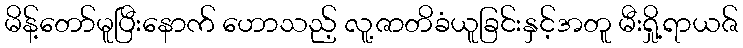
မိန့်တော်မူပြီးနောက် ဟောသည့် လူ့ဇာတိခံယူခြင်းနှင့်အတူ မီးရှို့ရာယဇ်